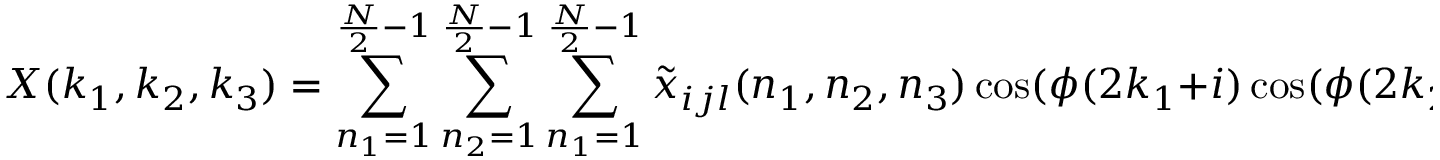
X ( k _ { 1 } , k _ { 2 } , k _ { 3 } ) = \sum _ { n _ { 1 } = 1 } ^ { { \frac { N } { 2 } } - 1 } \sum _ { n _ { 2 } = 1 } ^ { { \frac { N } { 2 } } - 1 } \sum _ { n _ { 1 } = 1 } ^ { { \frac { N } { 2 } } - 1 } { \tilde { x } } _ { i j l } ( n _ { 1 } , n _ { 2 } , n _ { 3 } ) \cos ( \phi ( 2 k _ { 1 } + i ) \cos ( \phi ( 2 k _ { 2 } + j ) \cos ( \phi ( 2 k _ { 3 } + l ) )